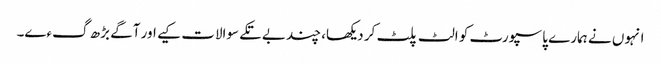
انہوں نے ہمارے پاسپورٹ کو الٹ پلٹ کر دیکھا، چند بے تکے سوالات کیے اور آگے بڑھ گءے۔